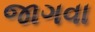
જાગવા